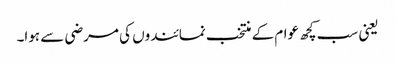
یعنی سب کچھ عوام کے منتخب نمائندوں کی مرضی سے ہوا۔